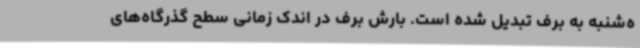
ه‌شنبه به برف تبدیل شده است. بارش برف در اندک زمانی سطح گذرگاه‌های